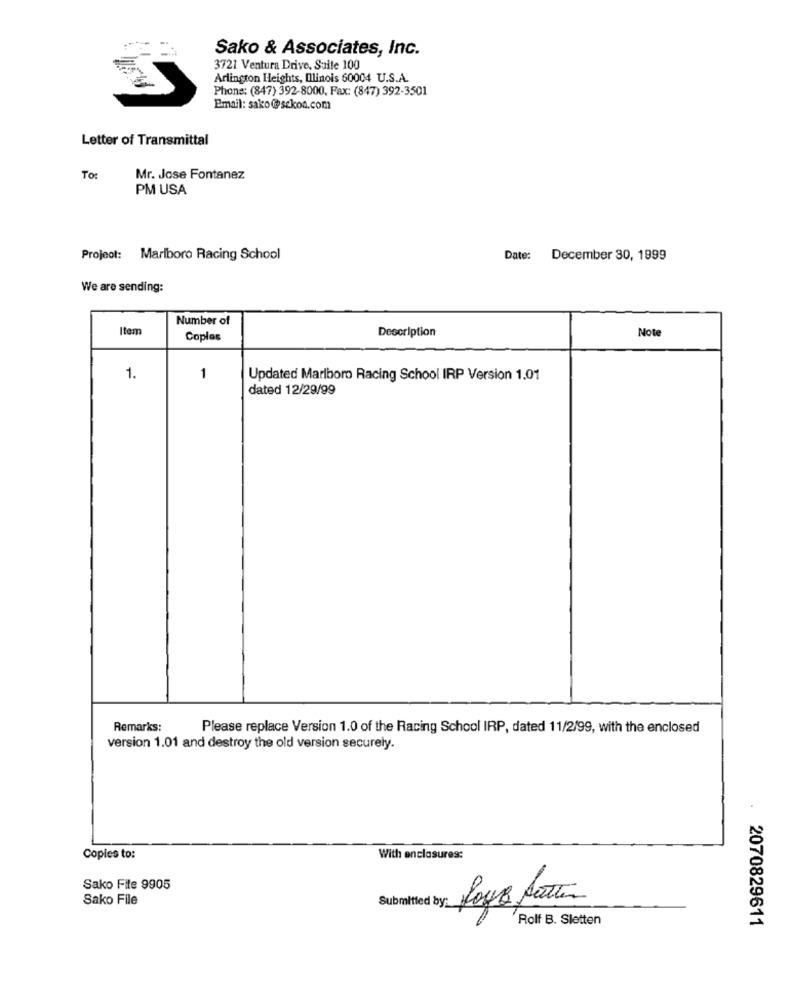
Sako & Associates, Inc.
3721 Ventura Drive, Suite 100
Arlington Heights, Ilinois 60004 U.S.A.
Phone: (847) 392-8000, Fax: (847) 392-3501
Email: sako@sekon.com
Letter of Transmittal
To:
Mr. Jose Fontanez
PM USA
Project: Marlboro Racing School
Date: December 30, 1999
We are sending:
Number of
Item
Description
Note
Coplas
1.
1
Updated Marlboro Racing School IRP Version 1.01
dated 12/29/99
Remarks:
Please replace Version 1.0 of the Racing School IRP, dated 11/2/99, with the enclosed
version 1.01 and destroy the old version securely.
Copies to:
With enclosures:
Sako File 9905
Sako File
Submited by: Rose fatto
Rolf B. Sletten
2070829611